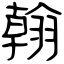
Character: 翰